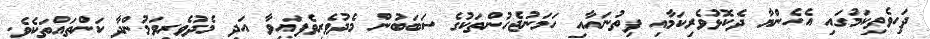
ދަހިވެތިކަމުގައި އެހެންޔާ ދެކޮޅުވެރިކަމާއި ފިތުނައާއި ހަމަނުޖެހުންތަކުގެ ސަބަބުން މެދުވެރިވެފައިވާ އަދި މެދުވެރިވަމުންދާ ކަންތައްތަކެވެ.